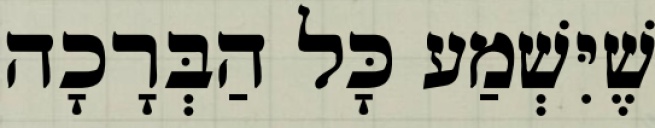
שֶׁיִּשְׁמַע כָּל הַבְּרָכָה